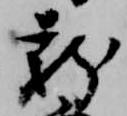
新